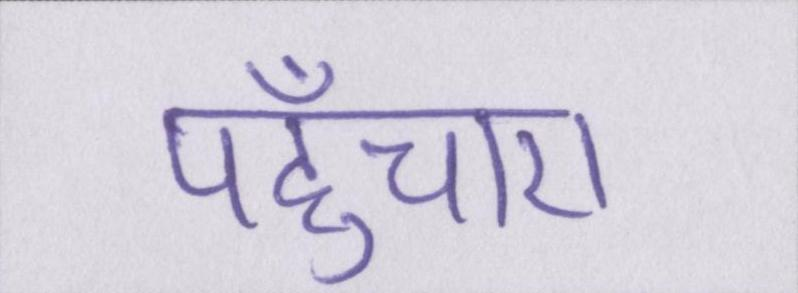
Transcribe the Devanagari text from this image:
पहुँचाए